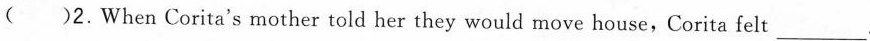
( )2.When Corita's mother told her they would move house, Corita felt ___.